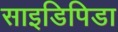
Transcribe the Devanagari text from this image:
साइडिपिडा